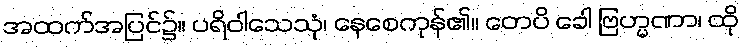
အထက်အပြင်၌။ ပရိဝါသေသုံ၊ နေစေကုန်၏။ တေပိ ခေါ ဗြဟ္မဏာ၊ ထို